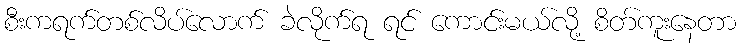
စီးကရက်တစ်လိပ်လောက် ခဲလိုက်ရ ရင် ကောင်းမယ်လို့ စိတ်ကူးနေတာ